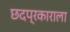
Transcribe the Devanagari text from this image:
छदप्रकाराला